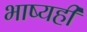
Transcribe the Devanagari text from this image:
भाष्यही